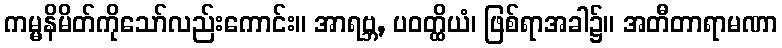
ကမ္မနိမိတ်ကိုသော်လည်းကောင်း။ အာရဗ္ဘ, ပဝတ္ထိယံ၊ ဖြစ်ရာအခါ၌။ အတီတာရာမဏာ